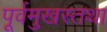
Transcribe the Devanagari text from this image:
पूर्वमुखस्तथा